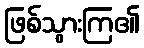
ဖြစ်သွားကြ၏